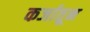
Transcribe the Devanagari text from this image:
कर्जातून